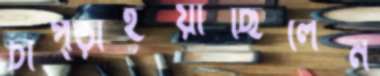
চাপ্‌ড়াইয়াছিলেন